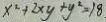
x ^ { 2 } + 2 x y + y ^ { 2 } = 1 8